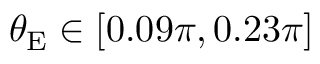
\theta _ { \mathrm { E } } \in \left[ 0 . 0 9 \pi , 0 . 2 3 \pi \right]